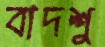
বাদশু